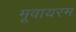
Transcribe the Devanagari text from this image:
मूवायरम